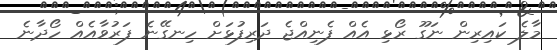
މާލެ ކައިރިން ނަގޫ ރޯޅި އެއް ފެނިއްޖެ ދަރިފުޅަށް ހިނގޭނެ ފަރުވާއެއް ހޯދާނެ